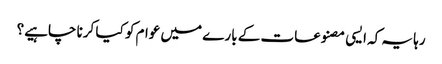
رہا یہ کہ ایسی مصنوعات کے بارے میں عوام کو کیا کرنا چاہیے؟